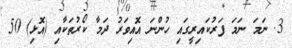
3. ނަމަ ނަމަ ފަރުކައިރީގައި ހުންނަ އޮއިވަރު ދަމާ ކޯރުތަކާއި (އޮޅި) 50